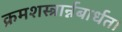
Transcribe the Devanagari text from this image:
क्रमशस्त्रार्न्नबार्धत।